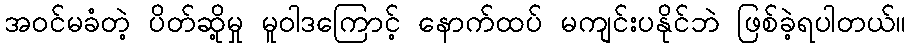
အဝင်မခံတဲ့ ပိတ်ဆို့မှု မူဝါဒကြောင့် နောက်ထပ် မကျင်းပနိုင်ဘဲ ဖြစ်ခဲ့ရပါတယ်။